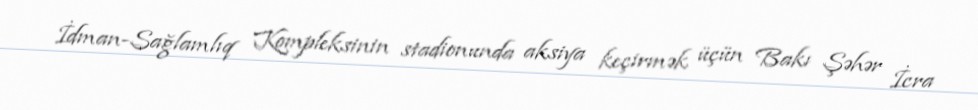
İdman-Sağlamlıq Kompleksinin stadionunda aksiya keçirmək üçün Bakı Şəhər İcra